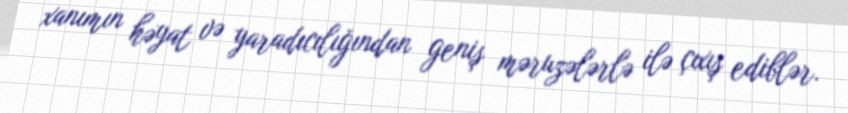
xanımın həyat və yaradıcılığından geniş məruzələrlə ilə çıxış ediblər.